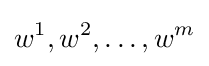
w^{1},w^{2},\ldots ,w^{m}